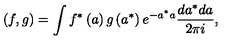
\left( f , g \right) = \int f ^ { \ast } \left( a \right) g \left( a ^ { \ast } \right) e ^ { - a ^ { \ast } a } \frac { d a ^ { \ast } d a } { 2 \pi i } ,